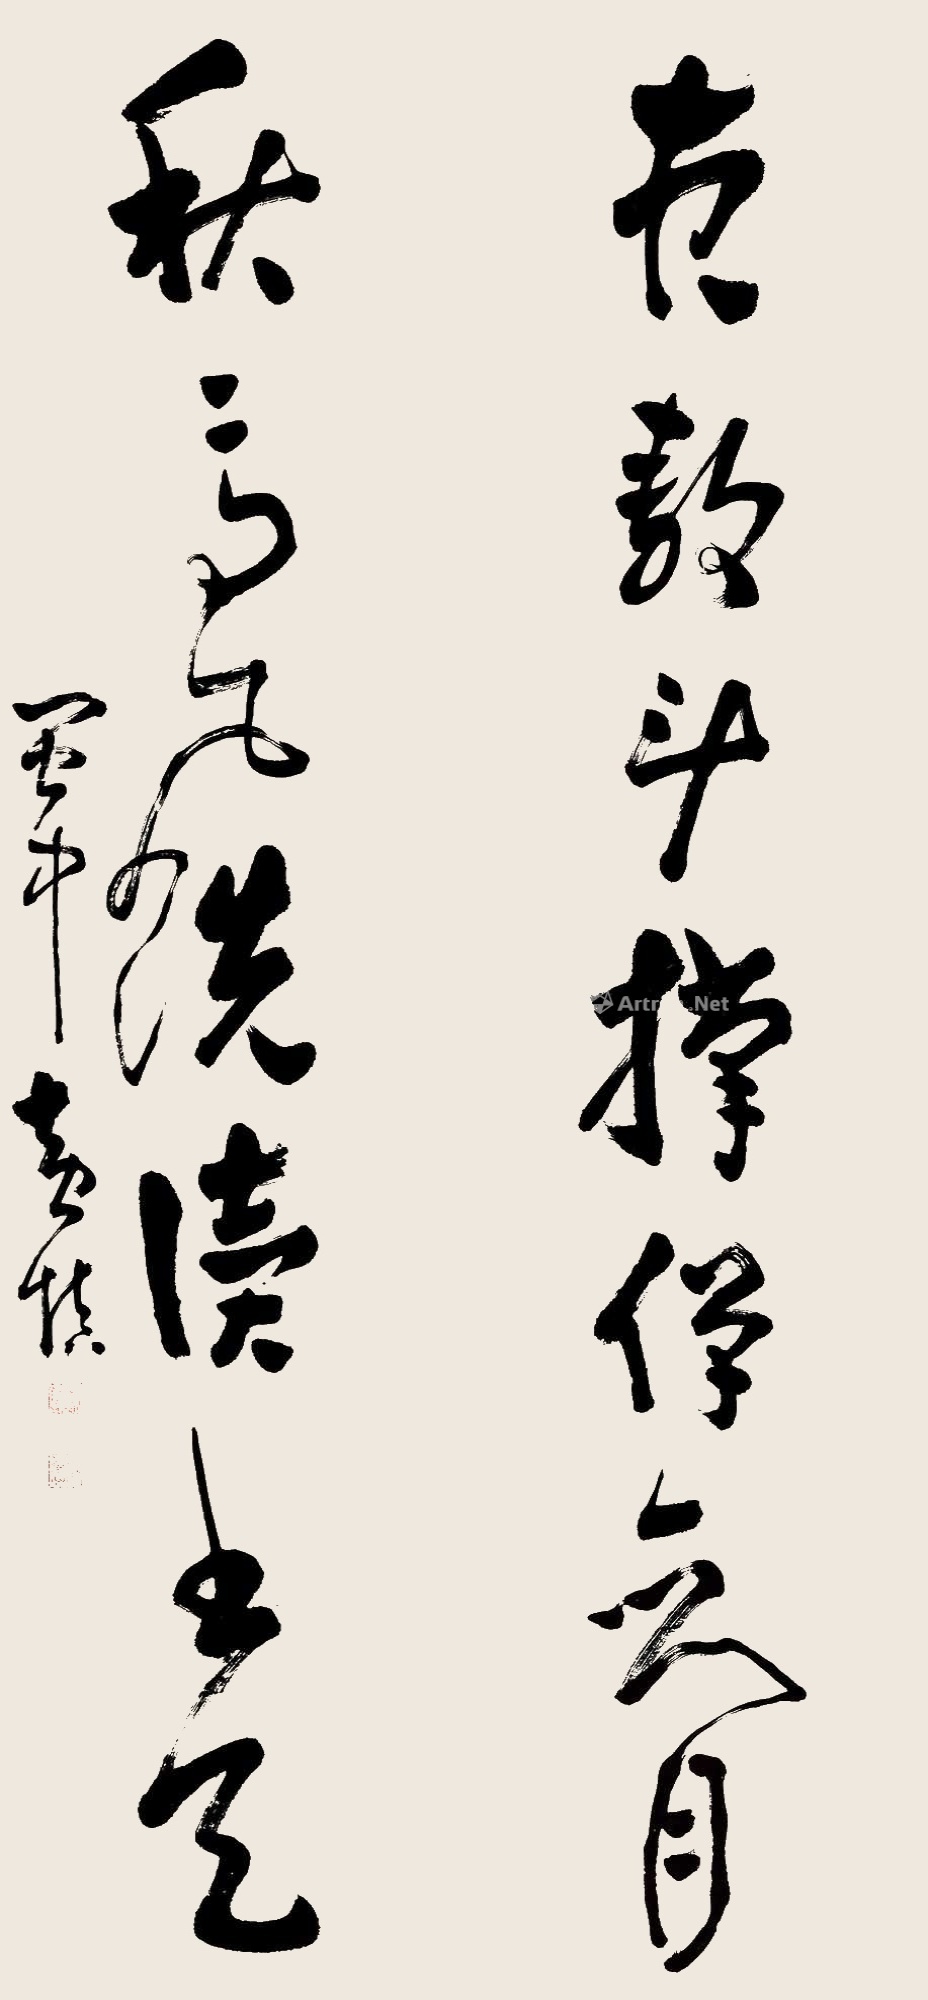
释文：夜静斗撑弹剑月，秋高风洗读书天。闽中黄慎。